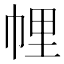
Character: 𢃇